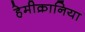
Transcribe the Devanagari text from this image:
हेमीक्रानिया